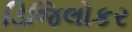
ડિજિલોકર